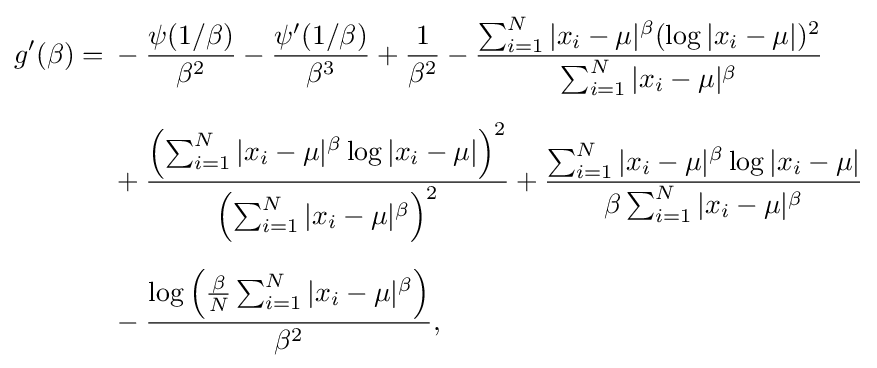
{\begin{aligned}g'(\beta )={}&-{\frac {\psi (1/\beta )}{\beta ^{2}}}-{\frac {\psi '(1/\beta )}{\beta ^{3}}}+{\frac {1}{\beta ^{2}}}-{\frac {\sum _{i=1}^{N}|x_{i}-\mu |^{\beta }(\log |x_{i}-\mu |)^{2}}{\sum _{i=1}^{N}|x_{i}-\mu |^{\beta }}}\\[6pt]&{}+{\frac {\left(\sum _{i=1}^{N}|x_{i}-\mu |^{\beta }\log |x_{i}-\mu |\right)^{2}}{\left(\sum _{i=1}^{N}|x_{i}-\mu |^{\beta }\right)^{2}}}+{\frac {\sum _{i=1}^{N}|x_{i}-\mu |^{\beta }\log |x_{i}-\mu |}{\beta \sum _{i=1}^{N}|x_{i}-\mu |^{\beta }}}\\[6pt]&{}-{\frac {\log \left({\frac {\beta }{N}}\sum _{i=1}^{N}|x_{i}-\mu |^{\beta }\right)}{\beta ^{2}}},\end{aligned}}